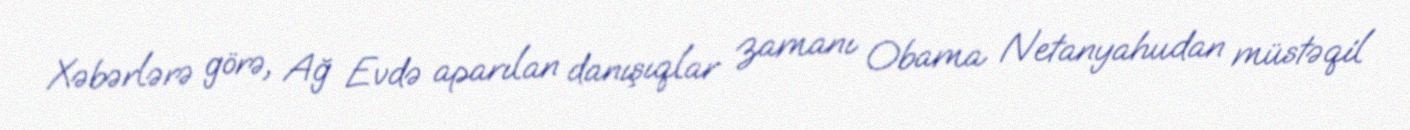
Xəbərlərə görə, Ağ Evdə aparılan danışıqlar zamanı Obama Netanyahudan müstəqil